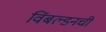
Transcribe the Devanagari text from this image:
विंबल्डनची